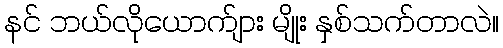
နင် ဘယ်လိုယောက်ျား မျိုး နှစ်သက်တာလဲ။